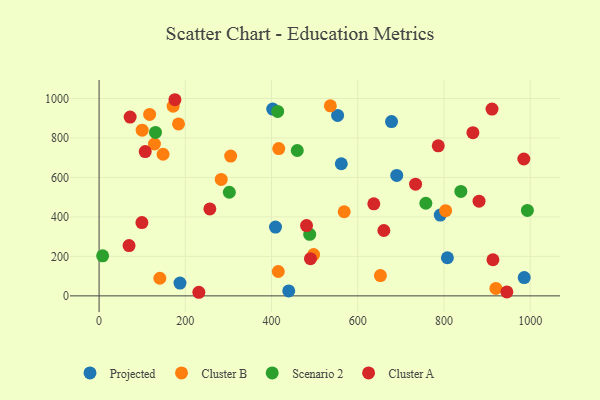
{"axis": {"x": "Engine Size", "y": "Yield"}, "legend": ["Cluster A", "Cluster B", "Projected", "Scenario 2"], "data": [{"x": "791.3", "y": 409.4, "type": "Projected"}, {"x": "986.1", "y": 92.6, "type": "Projected"}, {"x": "187.6", "y": 64.9, "type": "Projected"}, {"x": "678.3", "y": 883.3, "type": "Projected"}, {"x": "690.4", "y": 610.1, "type": "Projected"}, {"x": "553.2", "y": 914.4, "type": "Projected"}, {"x": "561.8", "y": 669.3, "type": "Projected"}, {"x": "807.9", "y": 193.2, "type": "Projected"}, {"x": "409.2", "y": 348.5, "type": "Projected"}, {"x": "439.9", "y": 25.2, "type": "Projected"}, {"x": "402.7", "y": 946.2, "type": "Projected"}, {"x": "920.4", "y": 37.7, "type": "Cluster B"}, {"x": "117.2", "y": 919.3, "type": "Cluster B"}, {"x": "305.2", "y": 708.1, "type": "Cluster B"}, {"x": "568.5", "y": 426.2, "type": "Cluster B"}, {"x": "803.8", "y": 431.4, "type": "Cluster B"}, {"x": "416.7", "y": 746.4, "type": "Cluster B"}, {"x": "171.8", "y": 961.1, "type": "Cluster B"}, {"x": "536.4", "y": 962.9, "type": "Cluster B"}, {"x": "283.3", "y": 590.1, "type": "Cluster B"}, {"x": "652.5", "y": 102.6, "type": "Cluster B"}, {"x": "140.9", "y": 89.2, "type": "Cluster B"}, {"x": "148.4", "y": 717.6, "type": "Cluster B"}, {"x": "415.6", "y": 123.5, "type": "Cluster B"}, {"x": "184.2", "y": 871.3, "type": "Cluster B"}, {"x": "128.4", "y": 769.5, "type": "Cluster B"}, {"x": "99.9", "y": 839.4, "type": "Cluster B"}, {"x": "497.6", "y": 209.2, "type": "Cluster B"}, {"x": "414.2", "y": 934.5, "type": "Scenario 2"}, {"x": "839.1", "y": 529.1, "type": "Scenario 2"}, {"x": "130.8", "y": 828.1, "type": "Scenario 2"}, {"x": "488.5", "y": 311.9, "type": "Scenario 2"}, {"x": "302.1", "y": 525.0, "type": "Scenario 2"}, {"x": "8.2", "y": 203.0, "type": "Scenario 2"}, {"x": "993.4", "y": 432.7, "type": "Scenario 2"}, {"x": "459.7", "y": 736.6, "type": "Scenario 2"}, {"x": "757.9", "y": 469.2, "type": "Scenario 2"}, {"x": "490.3", "y": 188.6, "type": "Cluster A"}, {"x": "231.4", "y": 18.2, "type": "Cluster A"}, {"x": "256.9", "y": 440.5, "type": "Cluster A"}, {"x": "985.2", "y": 693.4, "type": "Cluster A"}, {"x": "175.9", "y": 993.8, "type": "Cluster A"}, {"x": "913.5", "y": 183.0, "type": "Cluster A"}, {"x": "660.5", "y": 331.1, "type": "Cluster A"}, {"x": "72.0", "y": 905.8, "type": "Cluster A"}, {"x": "99.3", "y": 371.6, "type": "Cluster A"}, {"x": "867.1", "y": 826.9, "type": "Cluster A"}, {"x": "945.8", "y": 20.1, "type": "Cluster A"}, {"x": "69.5", "y": 255.0, "type": "Cluster A"}, {"x": "911.4", "y": 946.2, "type": "Cluster A"}, {"x": "481.2", "y": 356.1, "type": "Cluster A"}, {"x": "786.7", "y": 760.1, "type": "Cluster A"}, {"x": "107.0", "y": 731.2, "type": "Cluster A"}, {"x": "881.3", "y": 480.0, "type": "Cluster A"}, {"x": "734.1", "y": 566.0, "type": "Cluster A"}, {"x": "637.2", "y": 466.4, "type": "Cluster A"}]}